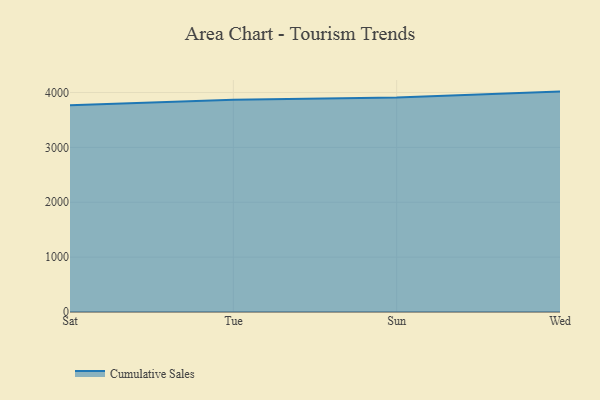
{"axis": {"x": "Day", "y": "Website Visitors"}, "legend": ["Cumulative Sales"], "data": [{"x": "Sat", "y": 3767.5, "type": "Cumulative Sales"}, {"x": "Tue", "y": 3867.0, "type": "Cumulative Sales"}, {"x": "Sun", "y": 3908.3, "type": "Cumulative Sales"}, {"x": "Wed", "y": 4016.9, "type": "Cumulative Sales"}]}